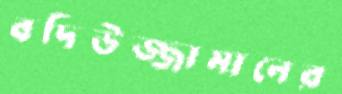
বদিউজ্জামানের